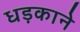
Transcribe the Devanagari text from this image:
धड़काने